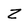
Character: Z